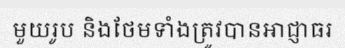
មួយរូប និងថែមទាំងត្រូវបានអាជ្ញាធរ